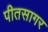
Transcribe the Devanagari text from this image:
पीतसागर